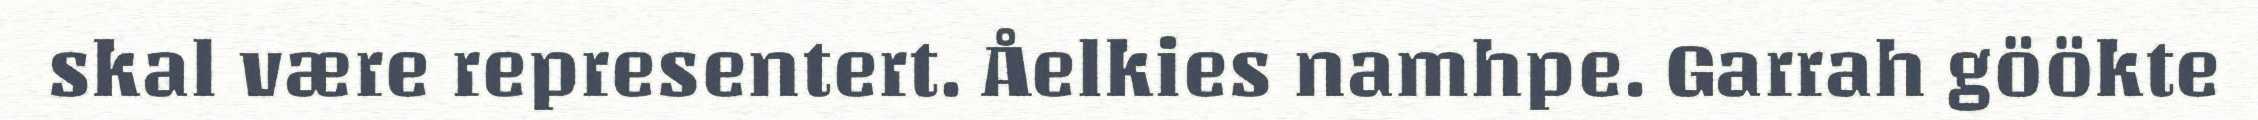
skal være representert. Åelkies namhpe. Garrah göökte